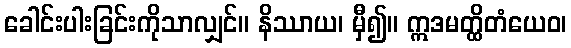
ခေါင်းပါးခြင်းကိုသာလျှင်။ နိဿာယ၊ မှီ၍။ ဣဒမတ္ထိတံယေဝ၊